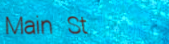
Main St